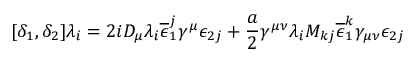
[ \delta _ { 1 } , \delta _ { 2 } ] \lambda _ { i } = 2 i D _ { \mu } \lambda _ { i } \overline { { { \epsilon } } } _ { 1 } ^ { j } \gamma ^ { \mu } \epsilon _ { 2 j } + \frac { a } { 2 } \gamma ^ { \mu \nu } \lambda _ { i } M _ { k j } \overline { { { \epsilon } } } _ { 1 } ^ { k } \gamma _ { \mu \nu } \epsilon _ { 2 j }